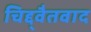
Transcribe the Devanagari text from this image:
चिद्द्वैतवाद